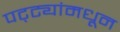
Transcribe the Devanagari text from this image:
पट्ट्यांमधून